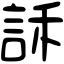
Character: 訸